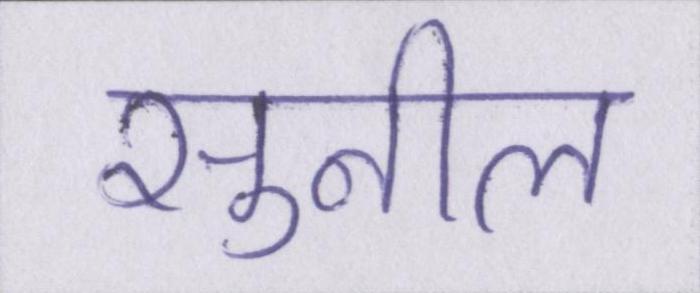
सुनील